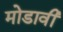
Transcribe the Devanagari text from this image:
मोडावी